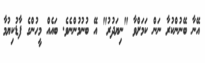
އޭނާ ބޭނުންކުރާ ނަން ކަމަށްވާ "ނިޔަދުރު" އޭ ބުނުމުންނެވެ. ބައެއް މީހުންގެ ފާޑުކިޔުމާ